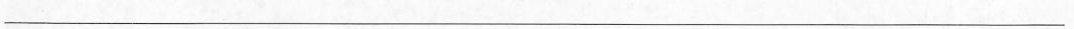
___